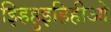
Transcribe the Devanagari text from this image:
झ्हिहुइहिहीओ